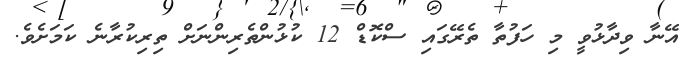
އޭނާ ވިދާޅުވީ މި ހަފުތާ ތެރޭގައި ސްކޮޑް 12 ކުޅުންތެރިންނަށް ތިރިކުރާނެ ކަމަށެވެ.